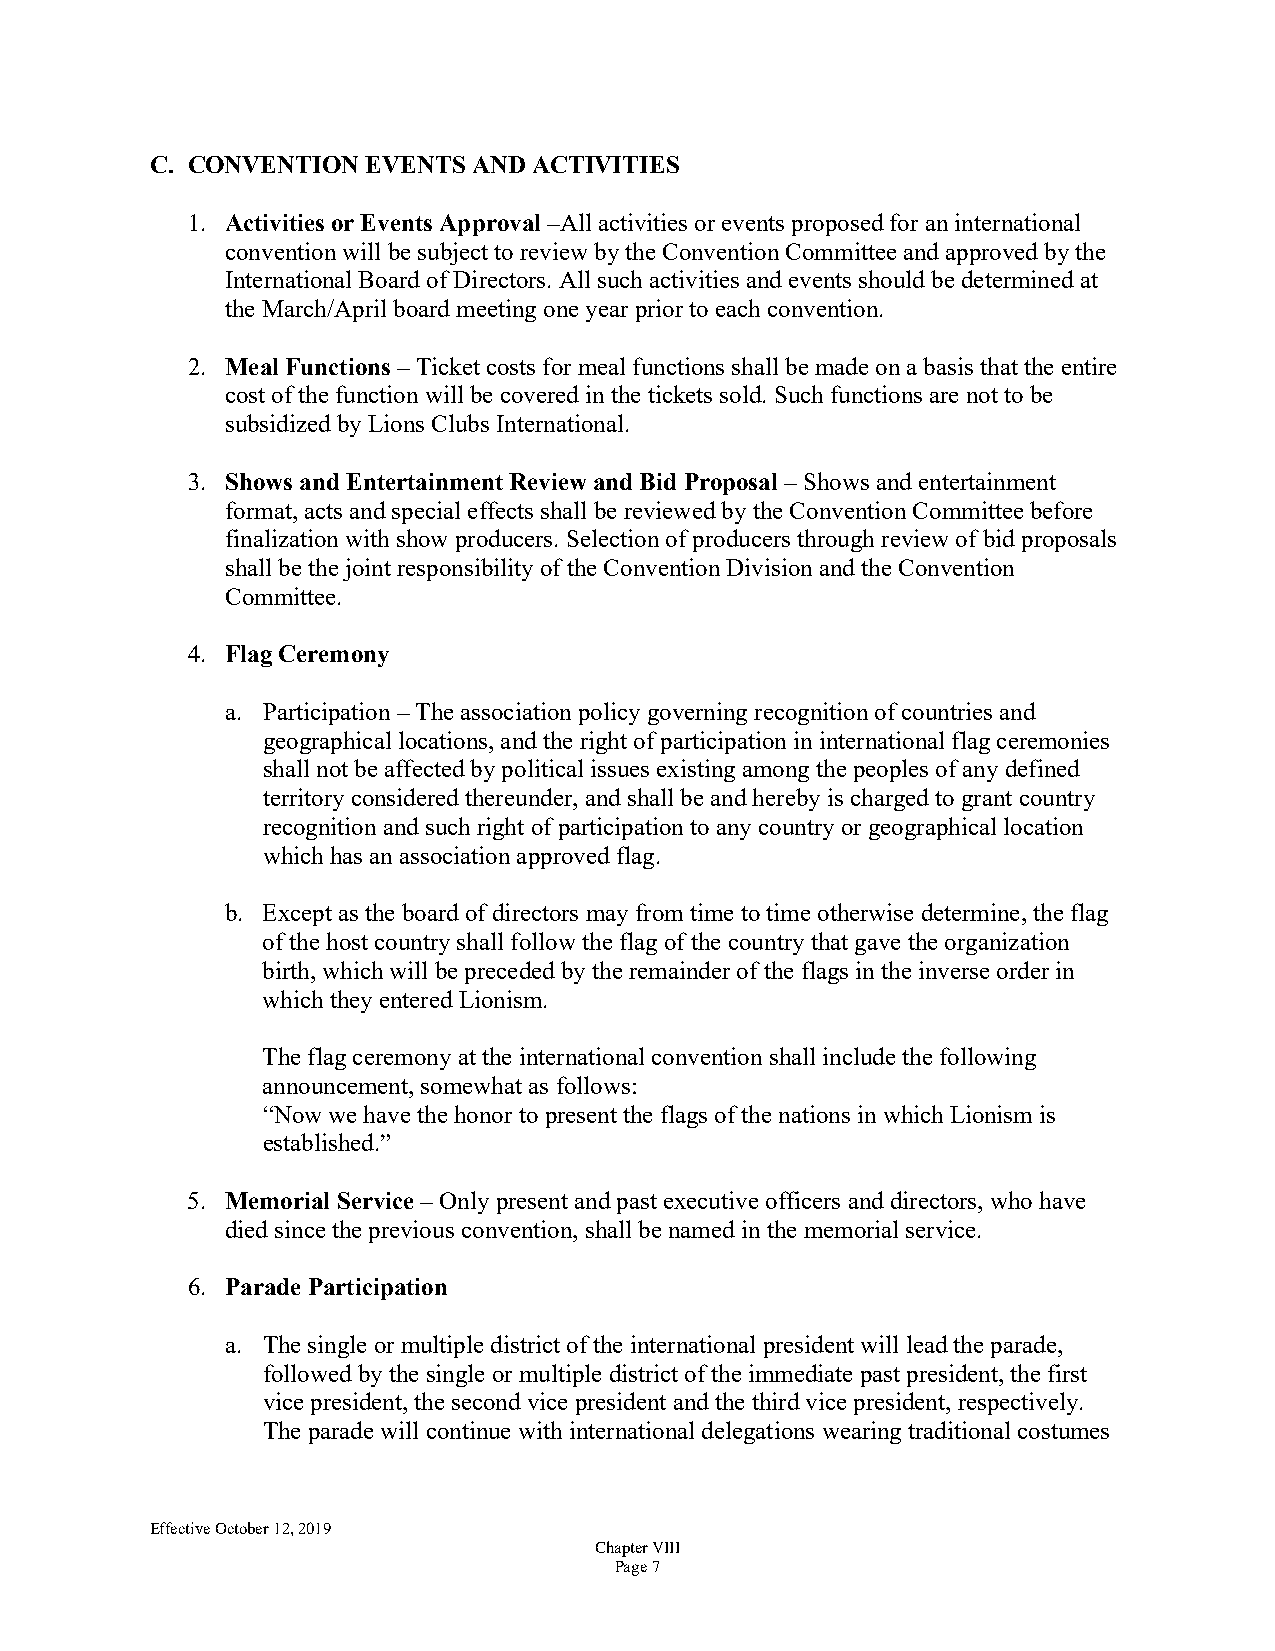
C. CONVENTION EVENTS AND ACTIVITIES
 1. Activities or Events Approval –All activities or events proposed for an international
 convention will be subject to review by the Convention Committee and approved by the
 International Board of Directors. All such activities and events should be determined at
 the March/April board meeting one year prior to each convention.
 2. Meal Functions – Ticket costs for meal functions shall be made on a basis that the entire
 cost of the function will be covered in the tickets sold. Such functions are not to be
 subsidized by Lions Clubs International.
 3. Shows and Entertainment Review and Bid Proposal – Shows and entertainment
 format, acts and special effects shall be reviewed by the Convention Committee before
 finalization with show producers. Selection of producers through review of bid proposals
 shall be the joint responsibility of the Convention Division and the Convention
 Committee.
 4. Flag Ceremony
 a. Participation – The association policy governing recognition of countries and
 geographical locations, and the right of participation in international flag ceremonies
 shall not be affected by political issues existing among the peoples of any defined
 territory considered thereunder, and shall be and hereby is charged to grant country
 recognition and such right of participation to any country or geographical location
 which has an association approved flag.
 b. Except as the board of directors may from time to time otherwise determine, the flag
 of the host country shall follow the flag of the country that gave the organization
 birth, which will be preceded by the remainder of the flags in the inverse order in
 which they entered Lionism.
 The flag ceremony at the international convention shall include the following
 announcement, somewhat as follows:
 “Now we have the honor to present the flags of the nations in which Lionism is
 established.”
 5. Memorial Service – Only present and past executive officers and directors, who have
 died since the previous convention, shall be named in the memorial service.
 6. Parade Participation
 a. The single or multiple district of the international president will lead the parade,
 followed by the single or multiple district of the immediate past president, the first
 vice president, the second vice president and the third vice president, respectively.
 The parade will continue with international delegations wearing traditional costumes
 Effective October 12, 2019
 Chapter VIII
 Page 7